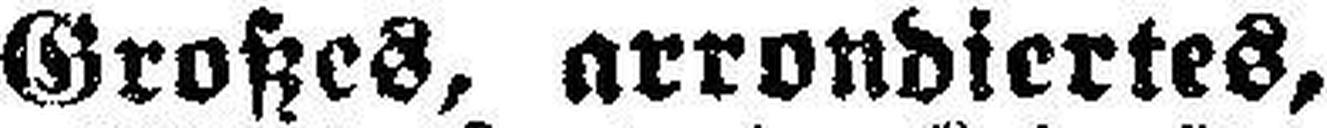
Großes, arrondiertes,